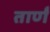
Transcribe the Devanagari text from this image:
तार्णं